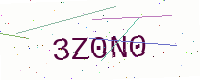
Text: 3Z0N0